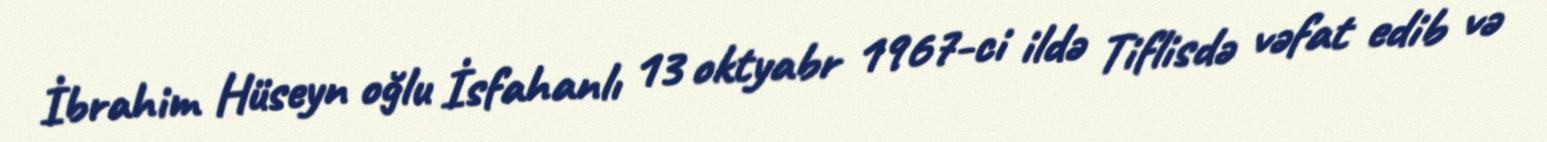
İbrahim Hüseyn oğlu İsfahanlı 13 oktyabr 1967-ci ildə Tiflisdə vəfat edib və